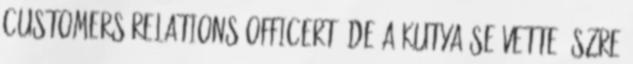
customers relations officert, de a kutya se vette észre